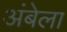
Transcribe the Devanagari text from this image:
अंबेला